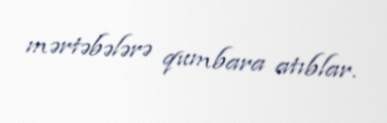
mərtəbələrə qumbara atıblar.